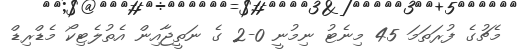
މެޗުގެ ފުރަތަމަ 45 މިނެޓު ނިމުނީ 0-2 ގެ ނަތީޖާއިން އެތުލެޓިކޯ މެޑްރިޑް